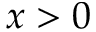
x > 0